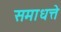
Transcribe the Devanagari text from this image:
समाधत्ते